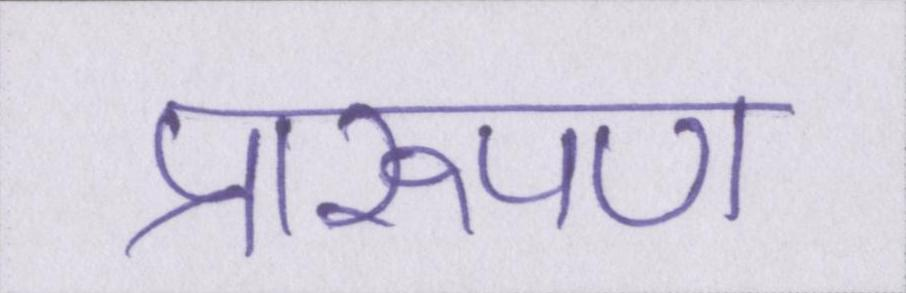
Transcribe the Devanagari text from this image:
प्रारूपण